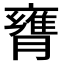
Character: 𦡚